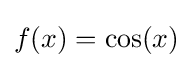
f(x)=\cos(x)